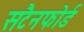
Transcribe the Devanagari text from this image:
सटैनफोर्ड